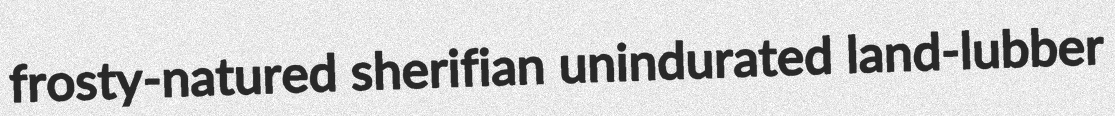
frosty-natured sherifian unindurated land-lubber